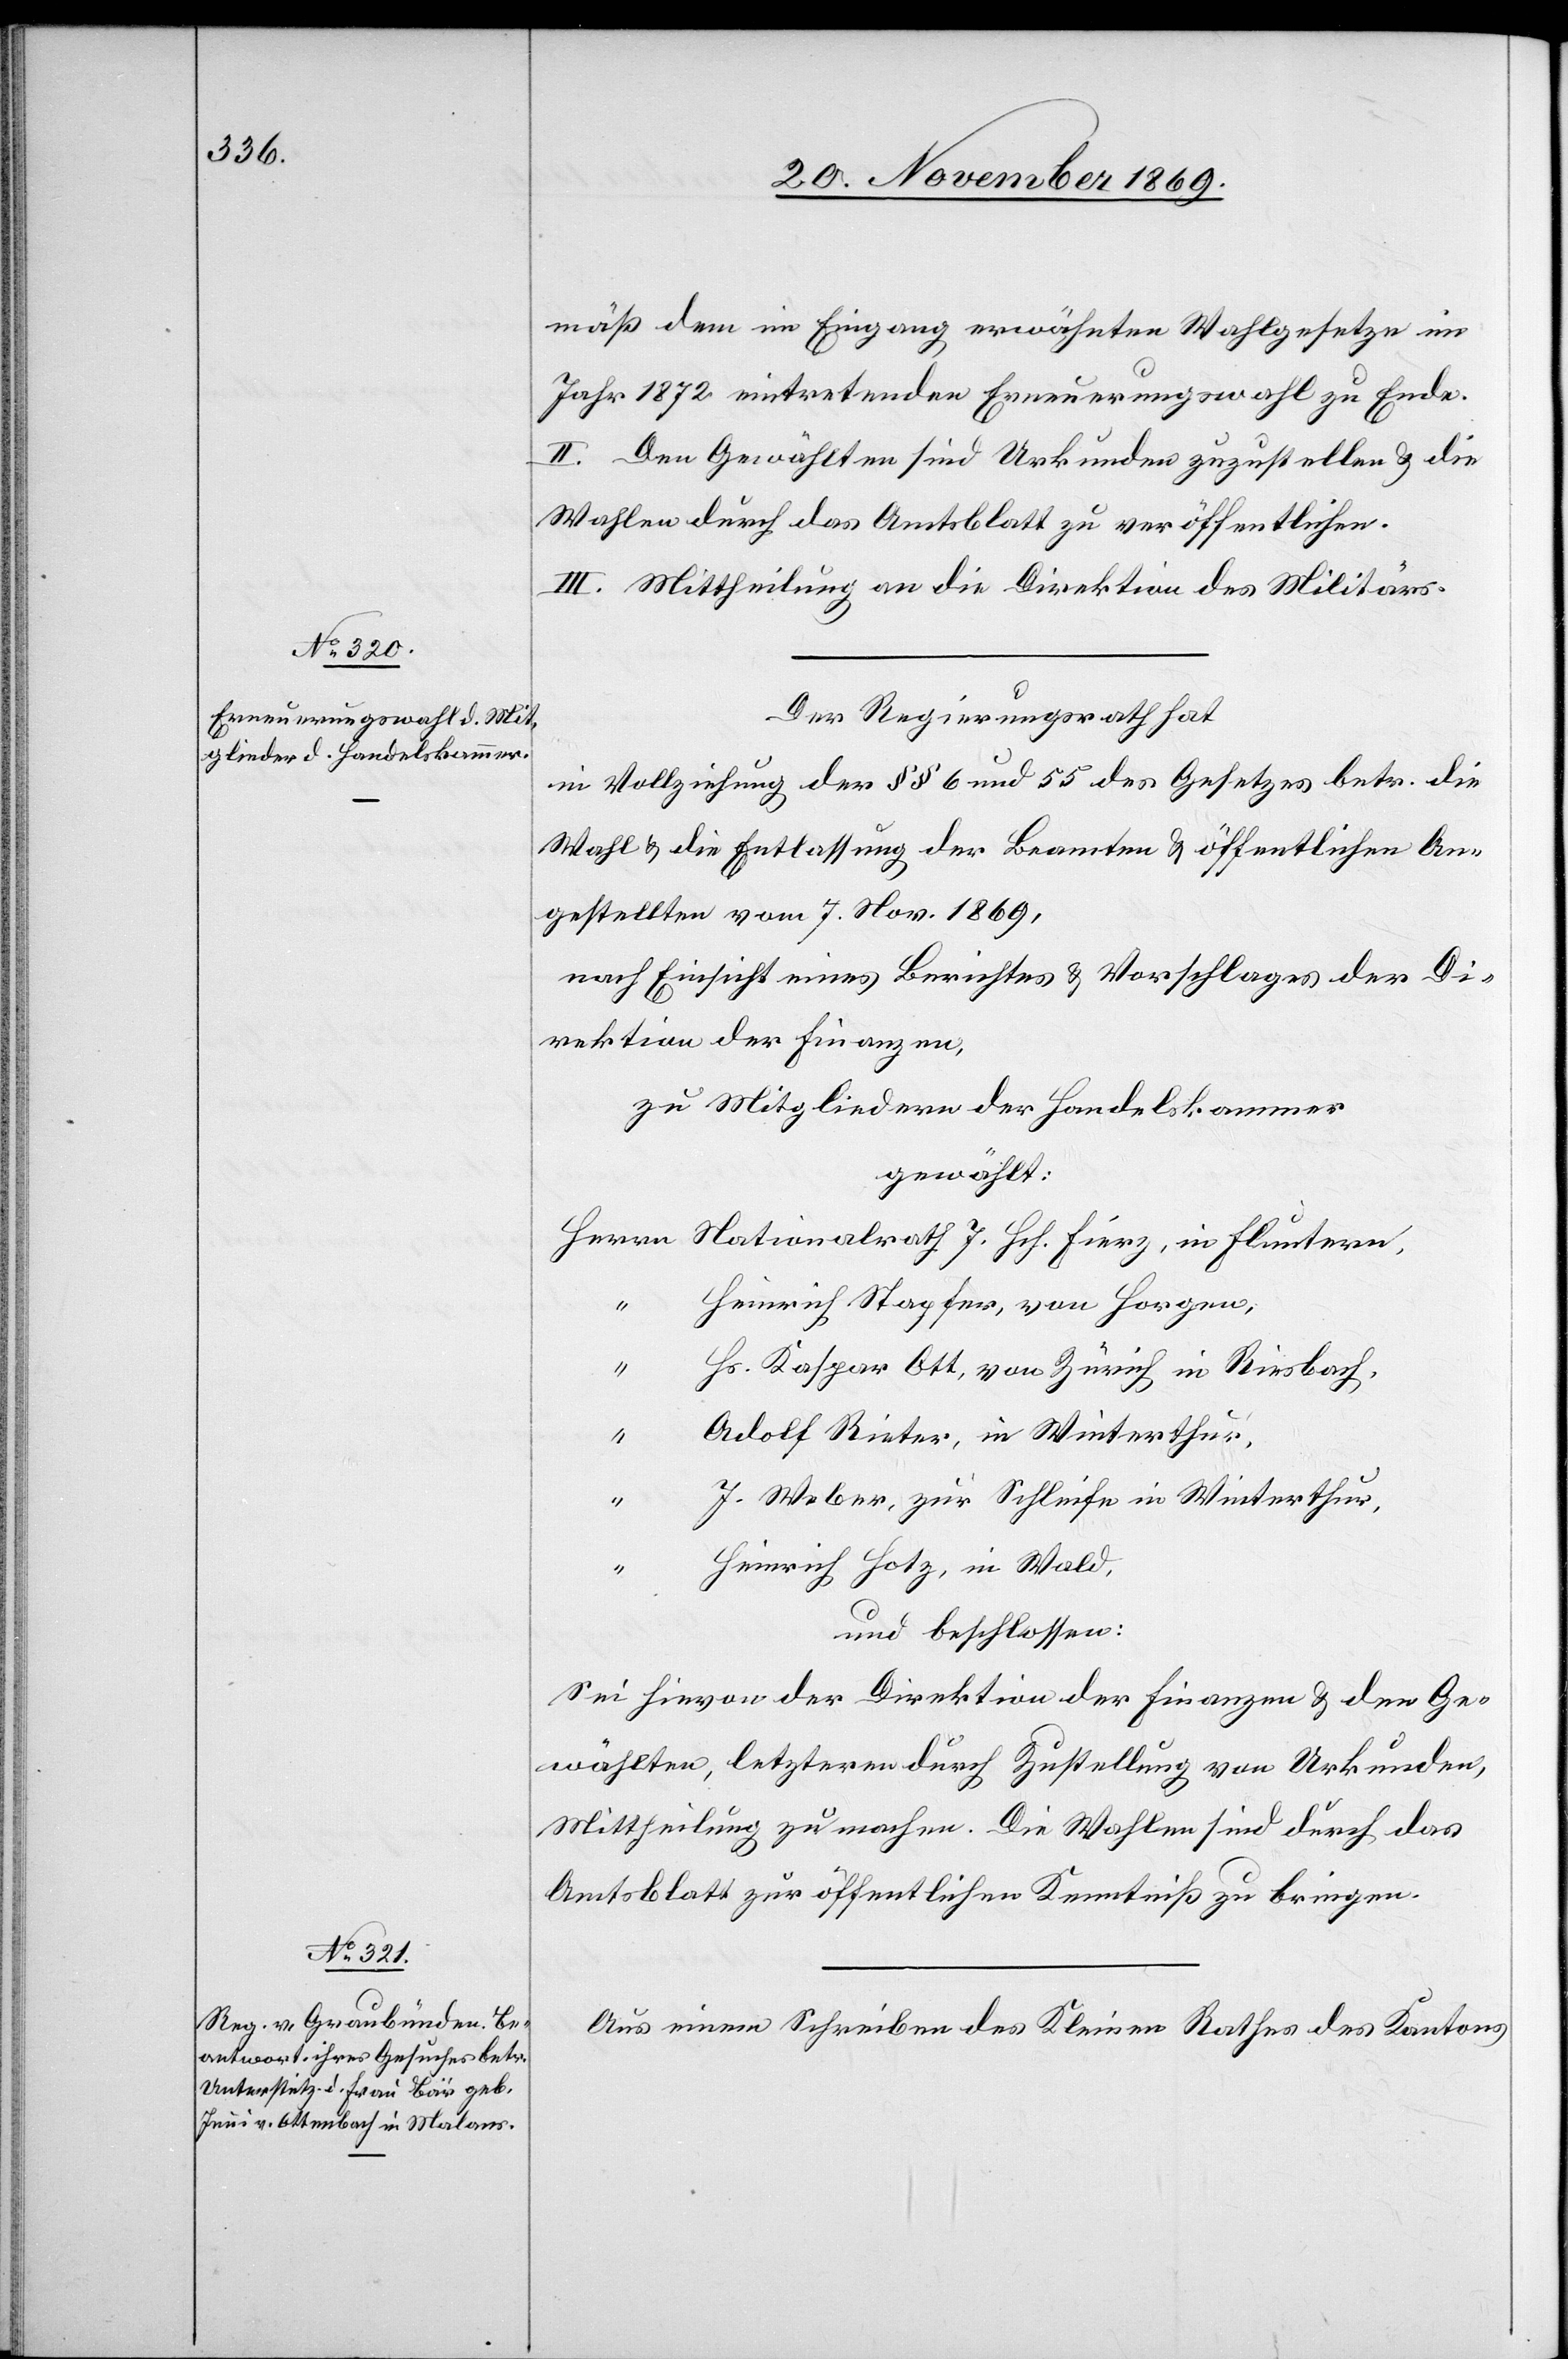
mäß dem im Eingang erwähnten Wahlgesetze im
Jahr 1872 eintretenden Erneuerungswahl zu Ende.
II. Den Gewählten sind Urkunden zuzustellen & die
Wahlen durch das Amtsblatt zu veröffentlichen.
III. Mittheilung an die Direktion des Militärs.
Der Regierungsrath hat
in Vollziehung der §§ 6 und 55 des Gesetzes betr. die
Wahl & die Entlassung der Beamten & öffentlichen An¬
gestellten vom 7. Nov. 1869,
nach Einsicht eines Berichtes & Vorschlages der Di¬
rektion der Finanzen,
zu Mitgliedern der Handelskammer
gewählt:
Herrn Nationalrath J. Hch. Fierz, in Fluntern,
Heinrich Stapfer, von Horgen,
“
Hs. Kaspar Ott, von Zürich in Riesbach,
Adolf Rieter, in Winterthur,
“
J. Weber, zur Schleife in Winterthur,
“
Heinrich Hotz, in Wald,
und beschlossen:
Sei hievon der Direktion der Finanzen & den Ge¬
wählten, letzteren durch Zustellung von Urkunden,
Mittheilung zu machen. Die Wahlen sind durch das
Amtsblatt zur öffentlichen Kenntniß zu bringen.
Aus einem Schreiben des Kleinen Rathes des Kantons